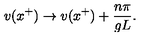
v ( x ^ { + } ) \rightarrow v ( x ^ { + } ) + { \frac { n \pi } { g L } } .